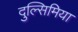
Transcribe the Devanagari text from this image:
दुल्सिमिया